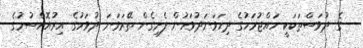
ގެ ދުވަސްތަކަކީ ހައްޖުމަހުގެ ދިހަވަނަދުވަހުން ފެށިގެން ތޭރަވަނަ ދުވަހުގެ އިރުއޮއްސުމުގެ